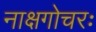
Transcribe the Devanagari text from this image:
नाक्षगोचरः